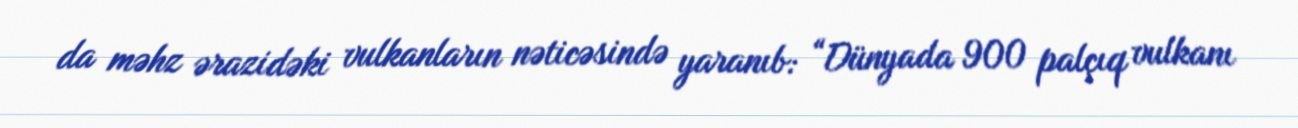
da məhz ərazidəki vulkanların nəticəsində yaranıb: “Dünyada 900 palçıq vulkanı